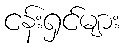
ငန်းရှင်များ